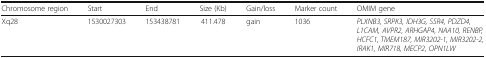
| Chromosome region | Start | End | Size (Kb) | Gain/loss | Marker count | OMIM gene |
 | --- | --- | --- | --- | --- | --- | --- |
 | Xq28 | 1530027303 | 153438781 | 411.478 | gain | 1036 | PLXNB3, SRPK3, IDH3G, SSR4, PDZD4, L1CAM, AVPR2, ARHGAP4, NAA10, RENBP, HCFC1, TMEM187, MIR3202-1, MIR3202-2, IRAK1, MIR718, MECP2, OPN1LW |